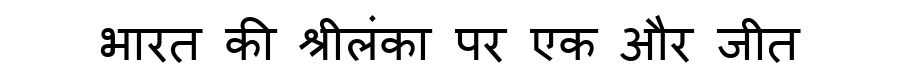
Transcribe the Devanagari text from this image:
भारत की श्रीलंका पर एक और जीत